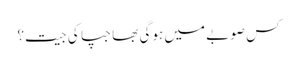
کس صوبے میں ہوگی بھاجپا کی جیت؟